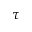
\tau